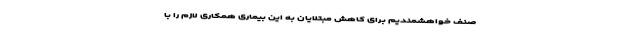
صنف خواهشمندیم برای کاهش مبتلایان به این بیماری همکاری لازم را با